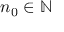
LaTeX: n _ { 0 } \in \mathbb { N }